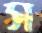
স